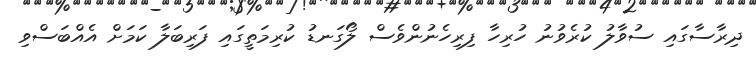
ދިރާސާގައި ސުވާލު ކުރެވުނު ހުރިހާ ފިރިހެނުންވެސް ލޯގަނޑު ކުރިމަތީގައި ފަރިބަލާ ކަމަށް އެއްބަސްވި